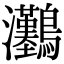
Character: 𤅽